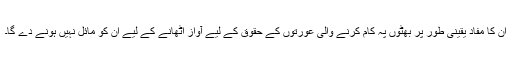
ان کا مفاد یقینی طور پر بھٹوں پہ کام کرنے والی عورتوں کے حقوق کے لیے آواز اُٹھانے کے لیے ان کو مائل نہیں ہونے دے گا۔